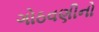
ગોઠવણીનો